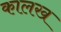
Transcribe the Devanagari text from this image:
कालख